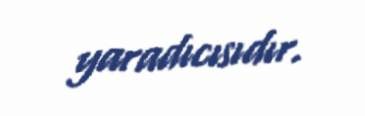
yaradıcısıdır.